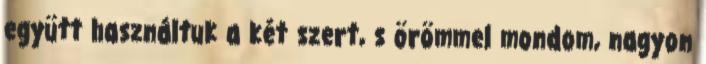
együtt használtuk a két szert, s örömmel mondom, nagyon